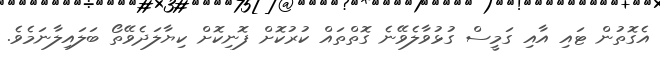
އެގޮތުން ޓައި އާއި ގަމީސް ގުޅުވާލެވޭނެ ގޮތްތައް ކުރުކޮށް ފޮނިކޮށް ކިޔާލަދެވޭތޯ ބަލައިލާނަމެވެ.